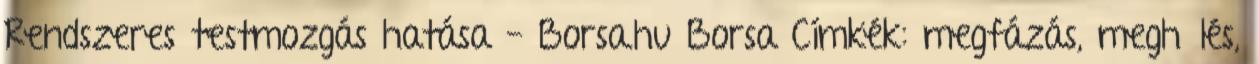
Rendszeres testmozgás hatása - Borsa.hu Borsa Címkék: megfázás, meghűlés,